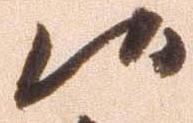
候